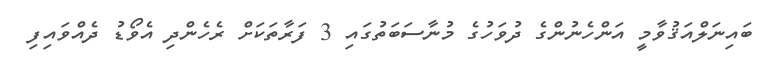
ބައިނަލްއަޤުވާމީ އަންހެނުންގެ ދުވަހުގެ މުނާސަބަތުގައި 3 ފަރާތަކަށް ރެހެންދި އެވޯޑު ދެއްވައިފި